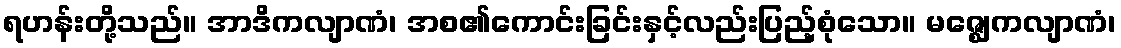
ရဟန်းတို့သည်။ အာဒိကလျာဏံ၊ အစ၏ကောင်းခြင်းနှင့်လည်းပြည့်စုံသော။ မဇ္ဈေကလျာဏံ၊